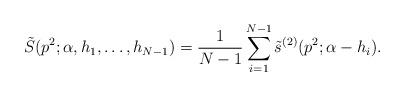
LaTeX: \begin{align*}\tilde S(p^{2};\alpha ,h_{1},\ldots ,h_{N-1}) ={1\over N-1}\sum_{i=1}^{N-1} \tilde s^{(2)}(p^{2};\alpha -h_{i}).\end{align*}